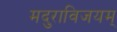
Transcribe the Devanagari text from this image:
मदुराविजयम्